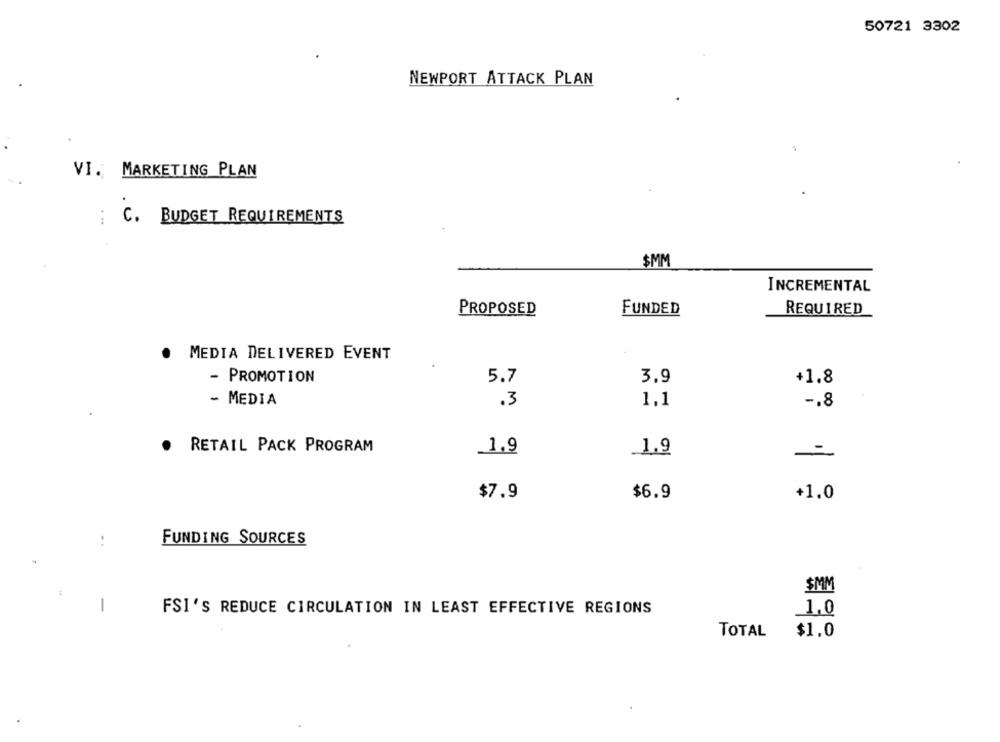
50721 3302
NEWPORT ATTACK PLAN
VI. MARKETING PLAN
. ..
c.
BUDGET REQUIREMENTS
$MM
INCREMENTAL
PROPOSED
FUNDED
REQUIRED
.
MEDIA DELIVERED EVENT
- PROMOTION
5.7
3.9
+1.8
- MEDIA
.3
1,1
-. 8
RETAIL PACK PROGRAM
_1,9
.1.9
-
$7.9
$6.9
+1.0
FUNDING SOURCES
$MM
-
FSI'S REDUCE CIRCULATION IN LEAST EFFECTIVE REGIONS
1,0
TOTAL
$1.0